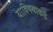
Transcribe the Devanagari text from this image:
याविषयाकडे